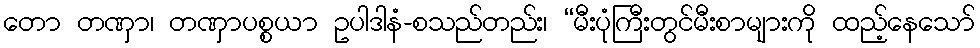
တော တဏှာ၊ တဏှာပစ္စယာ ဥပါဒါနံ-စသည်တည်း၊ “မီးပုံကြီးတွင်မီးစာများကို ထည့်နေသော်